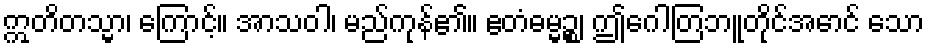
ဣတိတသ္မာ၊ ကြောင့်။ အာသဝါ၊ မည်ကုန်၏။ ဧတံဓမ္မဉ္စ၊ ဤဂေါတြဘူတိုင်အောင် သော